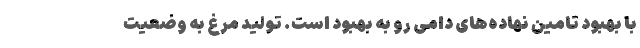
با بهبود تامین نهاده‌های دامی رو به بهبود است. تولید مرغ به وضعیت